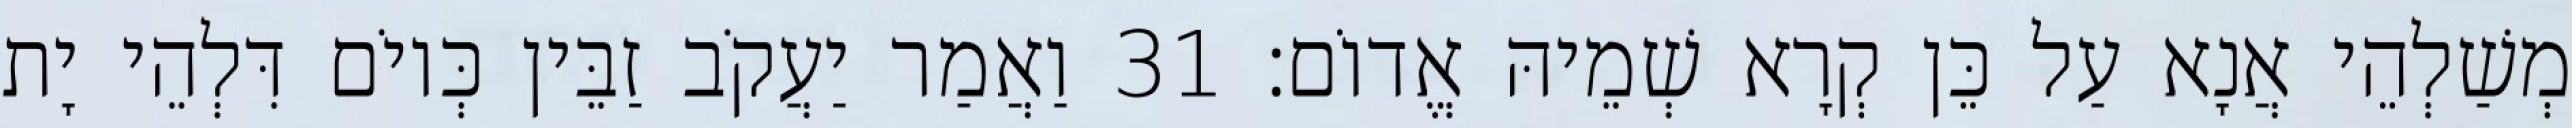
מְשַׁלְהֵי אֲנָא עַל כֵּן קְרָא שְׁמֵיהּ אֱדוֹם׃ 31 וַאֲמַר יַעֲקֹב זַבֵּין כְּיוֹם דִּלְהֵי יָת